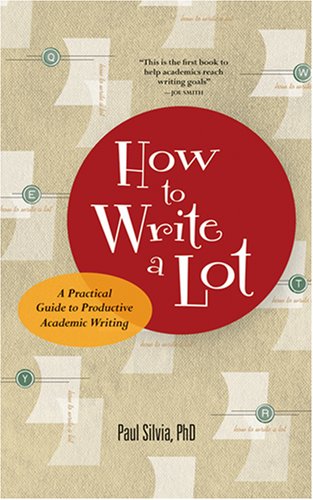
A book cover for How to Write a Lot: A Practical Guide to Productive Academic Writing (Lifetools: Books for the General Public); Paul J. Silvia; Medical Books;